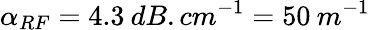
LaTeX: \alpha_{RF}=4.3\: dB.cm^{-1}=50\: m^{-1}